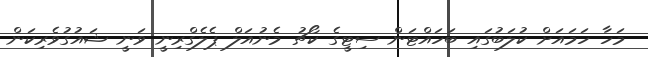
މަހާ ހަމައަށް ކުލަބުގައި ބަހައްޓަން ސިޓީގެ ކޯޗު މެނުއަލް ޕެލެގްރިނީ ވަނީ ޝައުގުވެރިކަން